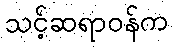
သင့်ဆရာဝန်က